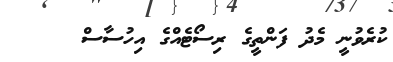
ކުރެވުނީ މެދު ފަންތީގެ ރިސޯޓެއްގެ އިހުސާސް